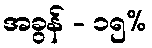
အခွန် - ၁၅%